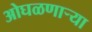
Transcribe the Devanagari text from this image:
ओघळणाऱ्या